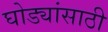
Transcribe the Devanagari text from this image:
घोड्यांसाठी